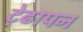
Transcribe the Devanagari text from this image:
ट़ेढापन